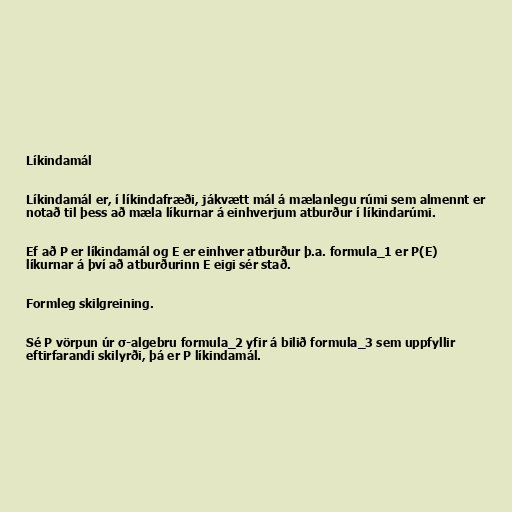
Líkindamál

Líkindamál er, í líkindafræði, jákvætt mál á mælanlegu rúmi sem almennt er
notað til þess að mæla líkurnar á einhverjum atburður í líkindarúmi.

Ef að P er líkindamál og E er einhver atburður þ.a. formula_1 er P(E)
líkurnar á því að atburðurinn E eigi sér stað.

Formleg skilgreining.

Sé P vörpun úr σ-algebru formula_2 yfir á bilið formula_3 sem uppfyllir
eftirfarandi skilyrði, þá er P líkindamál.